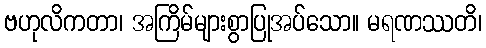
ဗဟုလိကတာ၊ အကြိမ်များစွာပြုအပ်သော။ မရဏဿတိ၊